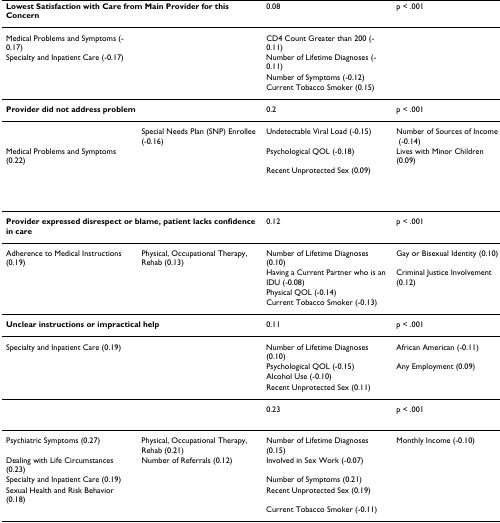
<table><thead><tr><td colspan="2"><b>Lowest Satisfaction with Care from Main Provider for this Concern</b></td><td><b>0.08</b></td><td><b>p &lt; .001</b></td></tr></thead><tbody><tr><td>Medical Problems and Symptoms (-0.17)</td><td>[EMPTY_CELL]</td><td>CD4 Count Greater than 200 (-0.11)</td><td>[EMPTY_CELL]</td></tr><tr><td>Specialty and Inpatient Care (-0.17)</td><td>[EMPTY_CELL]</td><td>Number of Lifetime Diagnoses (-0.11)</td><td>[EMPTY_CELL]</td></tr><tr><td>[EMPTY_CELL]</td><td>[EMPTY_CELL]</td><td>Number of Symptoms (-0.12)</td><td>[EMPTY_CELL]</td></tr><tr><td>[EMPTY_CELL]</td><td>[EMPTY_CELL]</td><td>Current Tobacco Smoker (0.15)</td><td>[EMPTY_CELL]</td></tr><tr><td colspan="2"><b>Provider did not address problem</b></td><td>0.2</td><td>p &lt; .001</td></tr><tr><td>[EMPTY_CELL]</td><td>Special Needs Plan (SNP) Enrollee (-0.16)</td><td>Undetectable Viral Load (-0.15)</td><td>Number of Sources of Income (-0.14)</td></tr><tr><td>Medical Problems and Symptoms (0.22)</td><td>[EMPTY_CELL]</td><td>Psychological QOL (-0.18)</td><td>Lives with Minor Children (0.09)</td></tr><tr><td>[EMPTY_CELL]</td><td>[EMPTY_CELL]</td><td>Recent Unprotected Sex (0.09)</td><td>[EMPTY_CELL]</td></tr><tr><td>[EMPTY_CELL]</td><td>[EMPTY_CELL]</td><td>[EMPTY_CELL]</td><td>[EMPTY_CELL]</td></tr><tr><td colspan="2"><b>Provider expressed disrespect or blame, patient lacks confidence in care</b></td><td>0.12</td><td>p &lt; .001</td></tr><tr><td>Adherence to Medical Instructions (0.19)</td><td>Physical, Occupational Therapy, Rehab (0.13)</td><td>Number of Lifetime Diagnoses (0.10)</td><td>Gay or Bisexual Identity (0.10)</td></tr><tr><td>[EMPTY_CELL]</td><td>[EMPTY_CELL]</td><td>Having a Current Partner who is an IDU (-0.08)</td><td>Criminal Justice Involvement (0.12)</td></tr><tr><td>[EMPTY_CELL]</td><td>[EMPTY_CELL]</td><td>Physical QOL (-0.14)</td><td>[EMPTY_CELL]</td></tr><tr><td>[EMPTY_CELL]</td><td>[EMPTY_CELL]</td><td>Current Tobacco Smoker (-0.13)</td><td>[EMPTY_CELL]</td></tr><tr><td colspan="2"><b>Unclear instructions or impractical help</b></td><td>0.11</td><td>p &lt; .001</td></tr><tr><td>Specialty and Inpatient Care (0.19)</td><td>[EMPTY_CELL]</td><td>Number of Lifetime Diagnoses (0.10)</td><td>African American (-0.11)</td></tr><tr><td>[EMPTY_CELL]</td><td>[EMPTY_CELL]</td><td>Psychological QOL (-0.15)</td><td>Any Employment (0.09)</td></tr><tr><td>[EMPTY_CELL]</td><td>[EMPTY_CELL]</td><td>Alcohol Use (-0.10)</td><td>[EMPTY_CELL]</td></tr><tr><td>[EMPTY_CELL]</td><td>[EMPTY_CELL]</td><td>Recent Unprotected Sex (0.11)</td><td>[EMPTY_CELL]</td></tr><tr><td colspan="2">[EMPTY_CELL]</td><td>0.23</td><td>p &lt; .001</td></tr><tr><td>Psychiatric Symptoms (0.27)</td><td>Physical, Occupational Therapy, Rehab (0.21)</td><td>Number of Lifetime Diagnoses (0.15)</td><td>Monthly Income (-0.10)</td></tr><tr><td>Dealing with Life Circumstances (0.23)</td><td>Number of Referrals (0.12)</td><td>Involved in Sex Work (-0.07)</td><td>[EMPTY_CELL]</td></tr><tr><td>Specialty and Inpatient Care (0.19)</td><td>[EMPTY_CELL]</td><td>Number of Symptoms (0.21)</td><td>[EMPTY_CELL]</td></tr><tr><td>Sexual Health and Risk Behavior (0.18)</td><td>[EMPTY_CELL]</td><td>Recent Unprotected Sex (0.19)</td><td>[EMPTY_CELL]</td></tr><tr><td>[EMPTY_CELL]</td><td>[EMPTY_CELL]</td><td>Current Tobacco Smoker (-0.11)</td><td>[EMPTY_CELL]</td></tr></tbody></table>